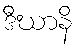
ဒီဃာနိ